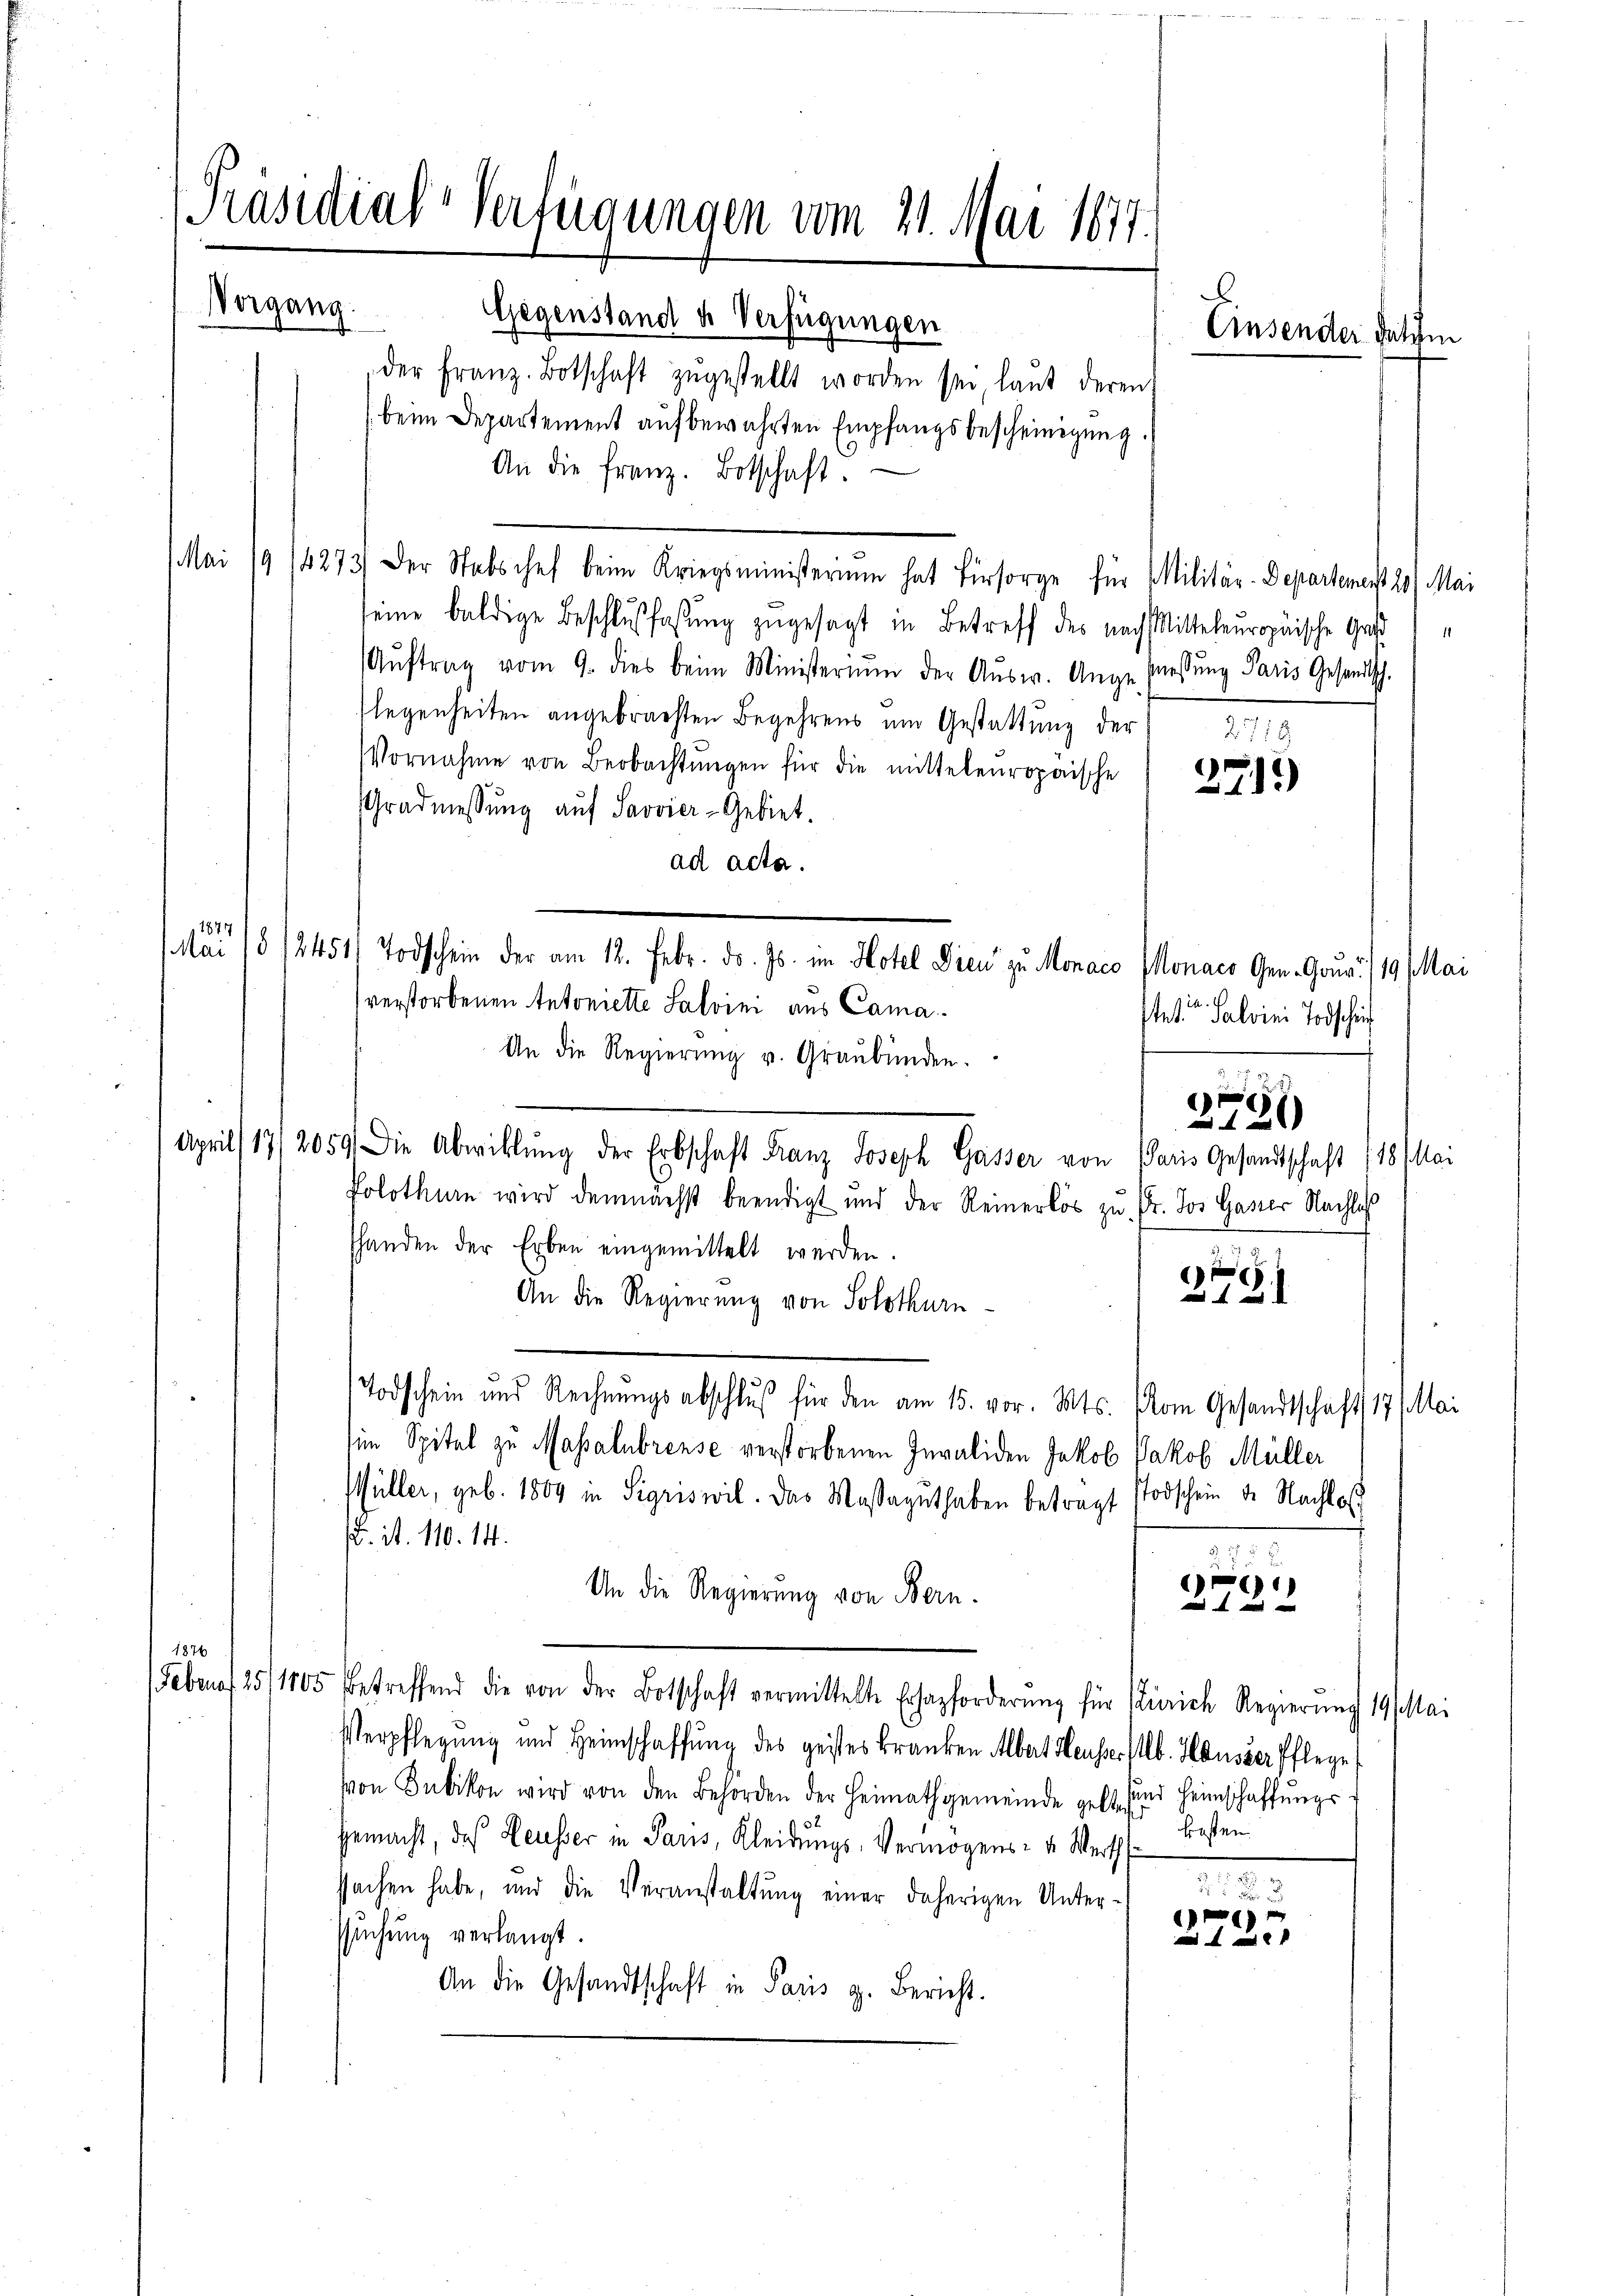
(beim Departement aufbewahrten Empfangsbescheinigung.
An die franz. Botschaft.
Mai 19/4273 der Stabschef beim Kriegsministerium hat Fürsorge für Militär-Departement 20. Mai
seine baldige Beschlußfassung zugesagt in Betreff des nach Mitteleuropäische Gard
Aŭftrag vom 9. dies beim Ministerium der Aŭsw. Auge Massŭng Paris Gesandtsch.
legenheiten angebrachten Begehrens um Gestattŭng der " 270
Vornahme von Beobachtŭngen für die mitteleŭropäische 215)
Gradmessŭng aŭf Savvier-Gebiet.
ad acta.
11877
Mai 18
Todschein der am 12. Febr. d. Js. im Hotel Dien zu Monaco Monaer Gen. Gouv. /19 Mai
verstorbenen Antonierte Salvini aus Cama¬
An die Regierŭng u. Graubünden.
April 17/2059 Die Abwicklung der Erbschaft Franz Joseph Gasser von Paris Gesandtschaft 118 (Mai
Solothurn wird demnächst beendigt und der Reinerlös zu Dr. Jos. Gasser Nachlaß
shanden der Erben eingemittelt werden.
f
2121
An die Regierung von Solothurn
Todschein und Rechnungsabschluß für den am 15. vor. Mts. (vom Gesandtschaft 17 Mai
(im Spital zu Massalubreuse verstorbenen Invaliden Jakob Jakob Müller
Müller, geb. 1809 in Sigriswil. Das Massaguthaben betragt stodschein de Nachloß
 it. 110. 14.
c
An die Regierung von Bern.
  und
1876
Feben f 25/1105 betreffend die von der Botschaft vermittelte Erhazforderŭng für Zürich Regierŭng 19 Mai
Verpflegung und Heimschaffung des geistes Franken Albert Heusser Alb. Hausser Pflege
von Bubikon wird von den Behörden der Heimathgemeinde geht und Heimschaffŭngs-
kosten.
gemacht, daß Heusser in Paus, Kleidungs-Vermögens- u. Werth
e

sachen habe, und die Veranstaltung einer daherigen Unter-
suchung verlangt.
2723
An die Gesandtschaft in Paris g. Bericht.

Präsidial-Verfügungen vom 21. Mai 1877.
Vorgang.
Gegenstand u. Verfügungen
Einsender datum
der Franz-Botschaft zŭgestellt worden sei, laut deren

2451

stet. Salvini Todschie
2751)